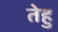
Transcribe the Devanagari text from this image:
तेहु